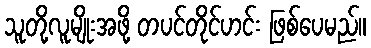
သူတို့လူမျိုးအဖို့ တပင်တိုင်ဟင်း ဖြစ်ပေမည်။